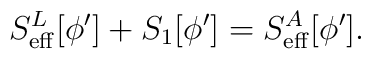
S^L_{\rm eff}[\phi^\prime]+S_1[\phi^\prime]=S^A_{\rm eff}[\phi^\prime].